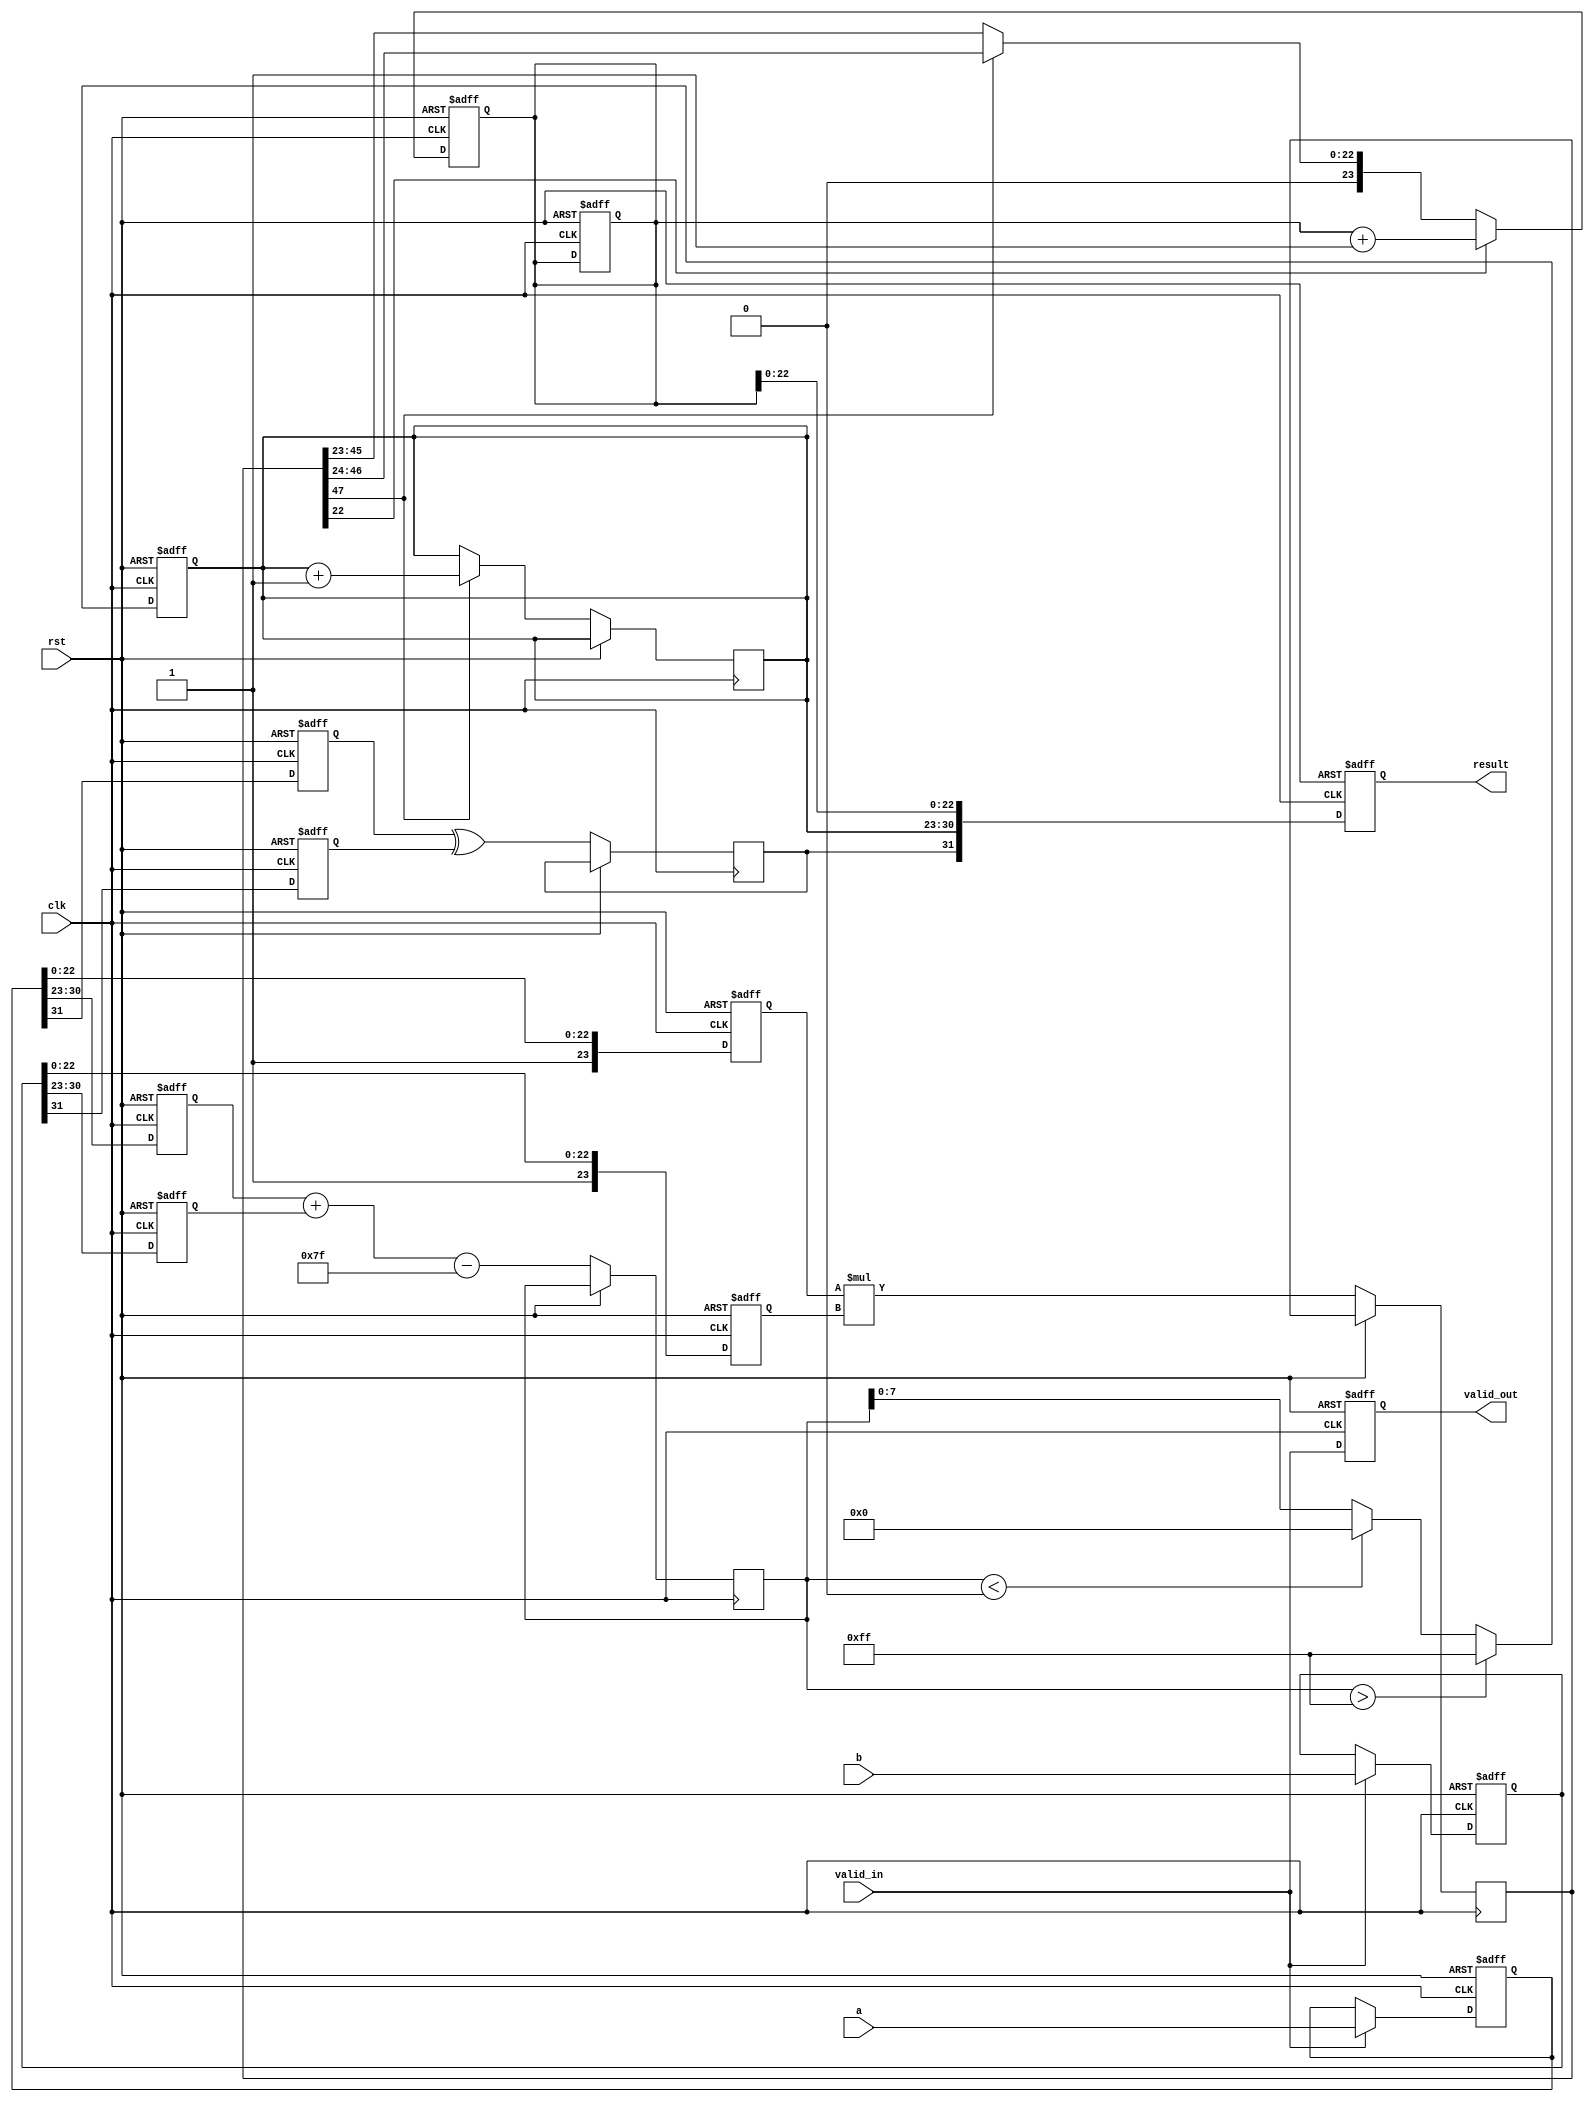
module fp_multiplier (
    input clk,
    input rst,
    input valid_in,
    input [31:0] a, // First floating-point input
    input [31:0] b, // Second floating-point input
    output reg valid_out,
    output reg [31:0] result // Resulting floating-point output
);

    // Pipeline registers
    reg [31:0] a_reg, b_reg;
    reg sign_a, sign_b, sign_result;
    reg [7:0] exp_a, exp_b, exp_result;
    reg [23:0] mant_a, mant_b, mant_result;
    reg [47:0] mant_mult; // Intermediate mantissa multiplication result
    reg [8:0] exp_temp; // Temporary exponent for overflow/underflow handling

    // Stage 1: Input Stage
    always @(posedge clk or posedge rst) begin
        if (rst) begin
            a_reg <= 32'b0;
            b_reg <= 32'b0;
        end else if (valid_in) begin
            a_reg <= a;
            b_reg <= b;
        end
    end

    // Stage 2: Sign Calculation
    always @(posedge clk or posedge rst) begin
        if (rst) begin
            sign_a <= 1'b0;
            sign_b <= 1'b0;
        end else begin
            sign_a <= a_reg[31];
            sign_b <= b_reg[31];
            sign_result <= sign_a ^ sign_b; // XOR for sign
        end
    end

    // Stage 3: Exponent Calculation
    always @(posedge clk or posedge rst) begin
        if (rst) begin
            exp_a <= 8'b0;
            exp_b <= 8'b0;
            exp_result <= 8'b0;
        end else begin
            exp_a <= a_reg[30:23];
            exp_b <= b_reg[30:23];
            exp_temp <= exp_a + exp_b - 8'd127; // Adjust for bias
            // Handle overflow/underflow
            if (exp_temp > 8'd255) begin
                exp_result <= 8'd255; // Set to infinity
            end else if (exp_temp < 8'd0) begin
                exp_result <= 8'd0; // Set to zero
            end else begin
                exp_result <= exp_temp[7:0];
            end
        end
    end

    // Stage 4: Mantissa Multiplication
    always @(posedge clk or posedge rst) begin
        if (rst) begin
            mant_a <= 24'b0;
            mant_b <= 24'b0;
            mant_result <= 48'b0;
        end else begin
            mant_a <= {1'b1, a_reg[22:0]}; // Implicit leading 1
            mant_b <= {1'b1, b_reg[22:0]}; // Implicit leading 1
            mant_mult <= mant_a * mant_b; // Multiply mantissas
        end
    end

    // Stage 5: Normalization and Rounding
    always @(posedge clk or posedge rst) begin
        if (rst) begin
            mant_result <= 48'b0;
        end else begin
            // Normalize the mantissa
            if (mant_mult[47]) begin
                mant_result <= mant_mult[46:24]; // Shift right
                exp_result <= exp_result + 1; // Increment exponent
            end else begin
                mant_result <= mant_mult[45:23]; // Keep as is
            end
            // Rounding (simple round to nearest)
            if (mant_mult[22]) begin
                mant_result <= mant_result + 1; // Round up
            end
        end
    end

    // Stage 6: Output Stage
    always @(posedge clk or posedge rst) begin
        if (rst) begin
            result <= 32'b0;
            valid_out <= 1'b0;
        end else begin
            result <= {sign_result, exp_result, mant_result[22:0]}; // Assemble result
            valid_out <= valid_in; // Indicate valid output
        end
    end

endmodule